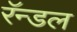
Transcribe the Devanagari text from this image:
रॅन्डल